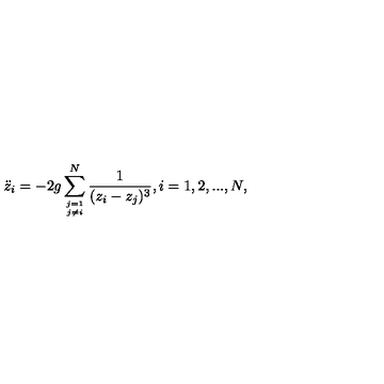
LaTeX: { \ddot { z } _ { i } } = - 2 g \sum _ { j = 1 \atop j \ne i } ^ { N } \frac { 1 } { ( z _ { i } - z _ { j } ) ^ { 3 } } , i = 1 , 2 , . . . , N ,